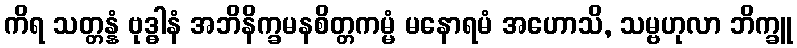
ကိရ သတ္တန္နံ ဗုဒ္ဓါနံ အဘိနိက္ခမနစိတ္တကမ္မံ မနောရမံ အဟောသိ, သမ္ဗဟုလာ ဘိက္ခူ